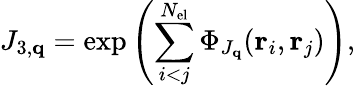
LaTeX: J_{3,\mathbf{q}}=\exp\left(\sum_{i<j}^{N_{\mathrm{el}}}\Phi_{J_{\mathbf{q}}}(\mathbf{r}_{i},\mathbf{r}_{j})\right),